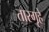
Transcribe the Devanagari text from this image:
तारगृहे